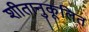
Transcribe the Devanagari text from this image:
शीतानुकूलित